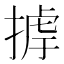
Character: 𢰵